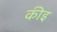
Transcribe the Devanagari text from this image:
कीइ